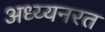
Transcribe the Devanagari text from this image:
अध्य्यनरत